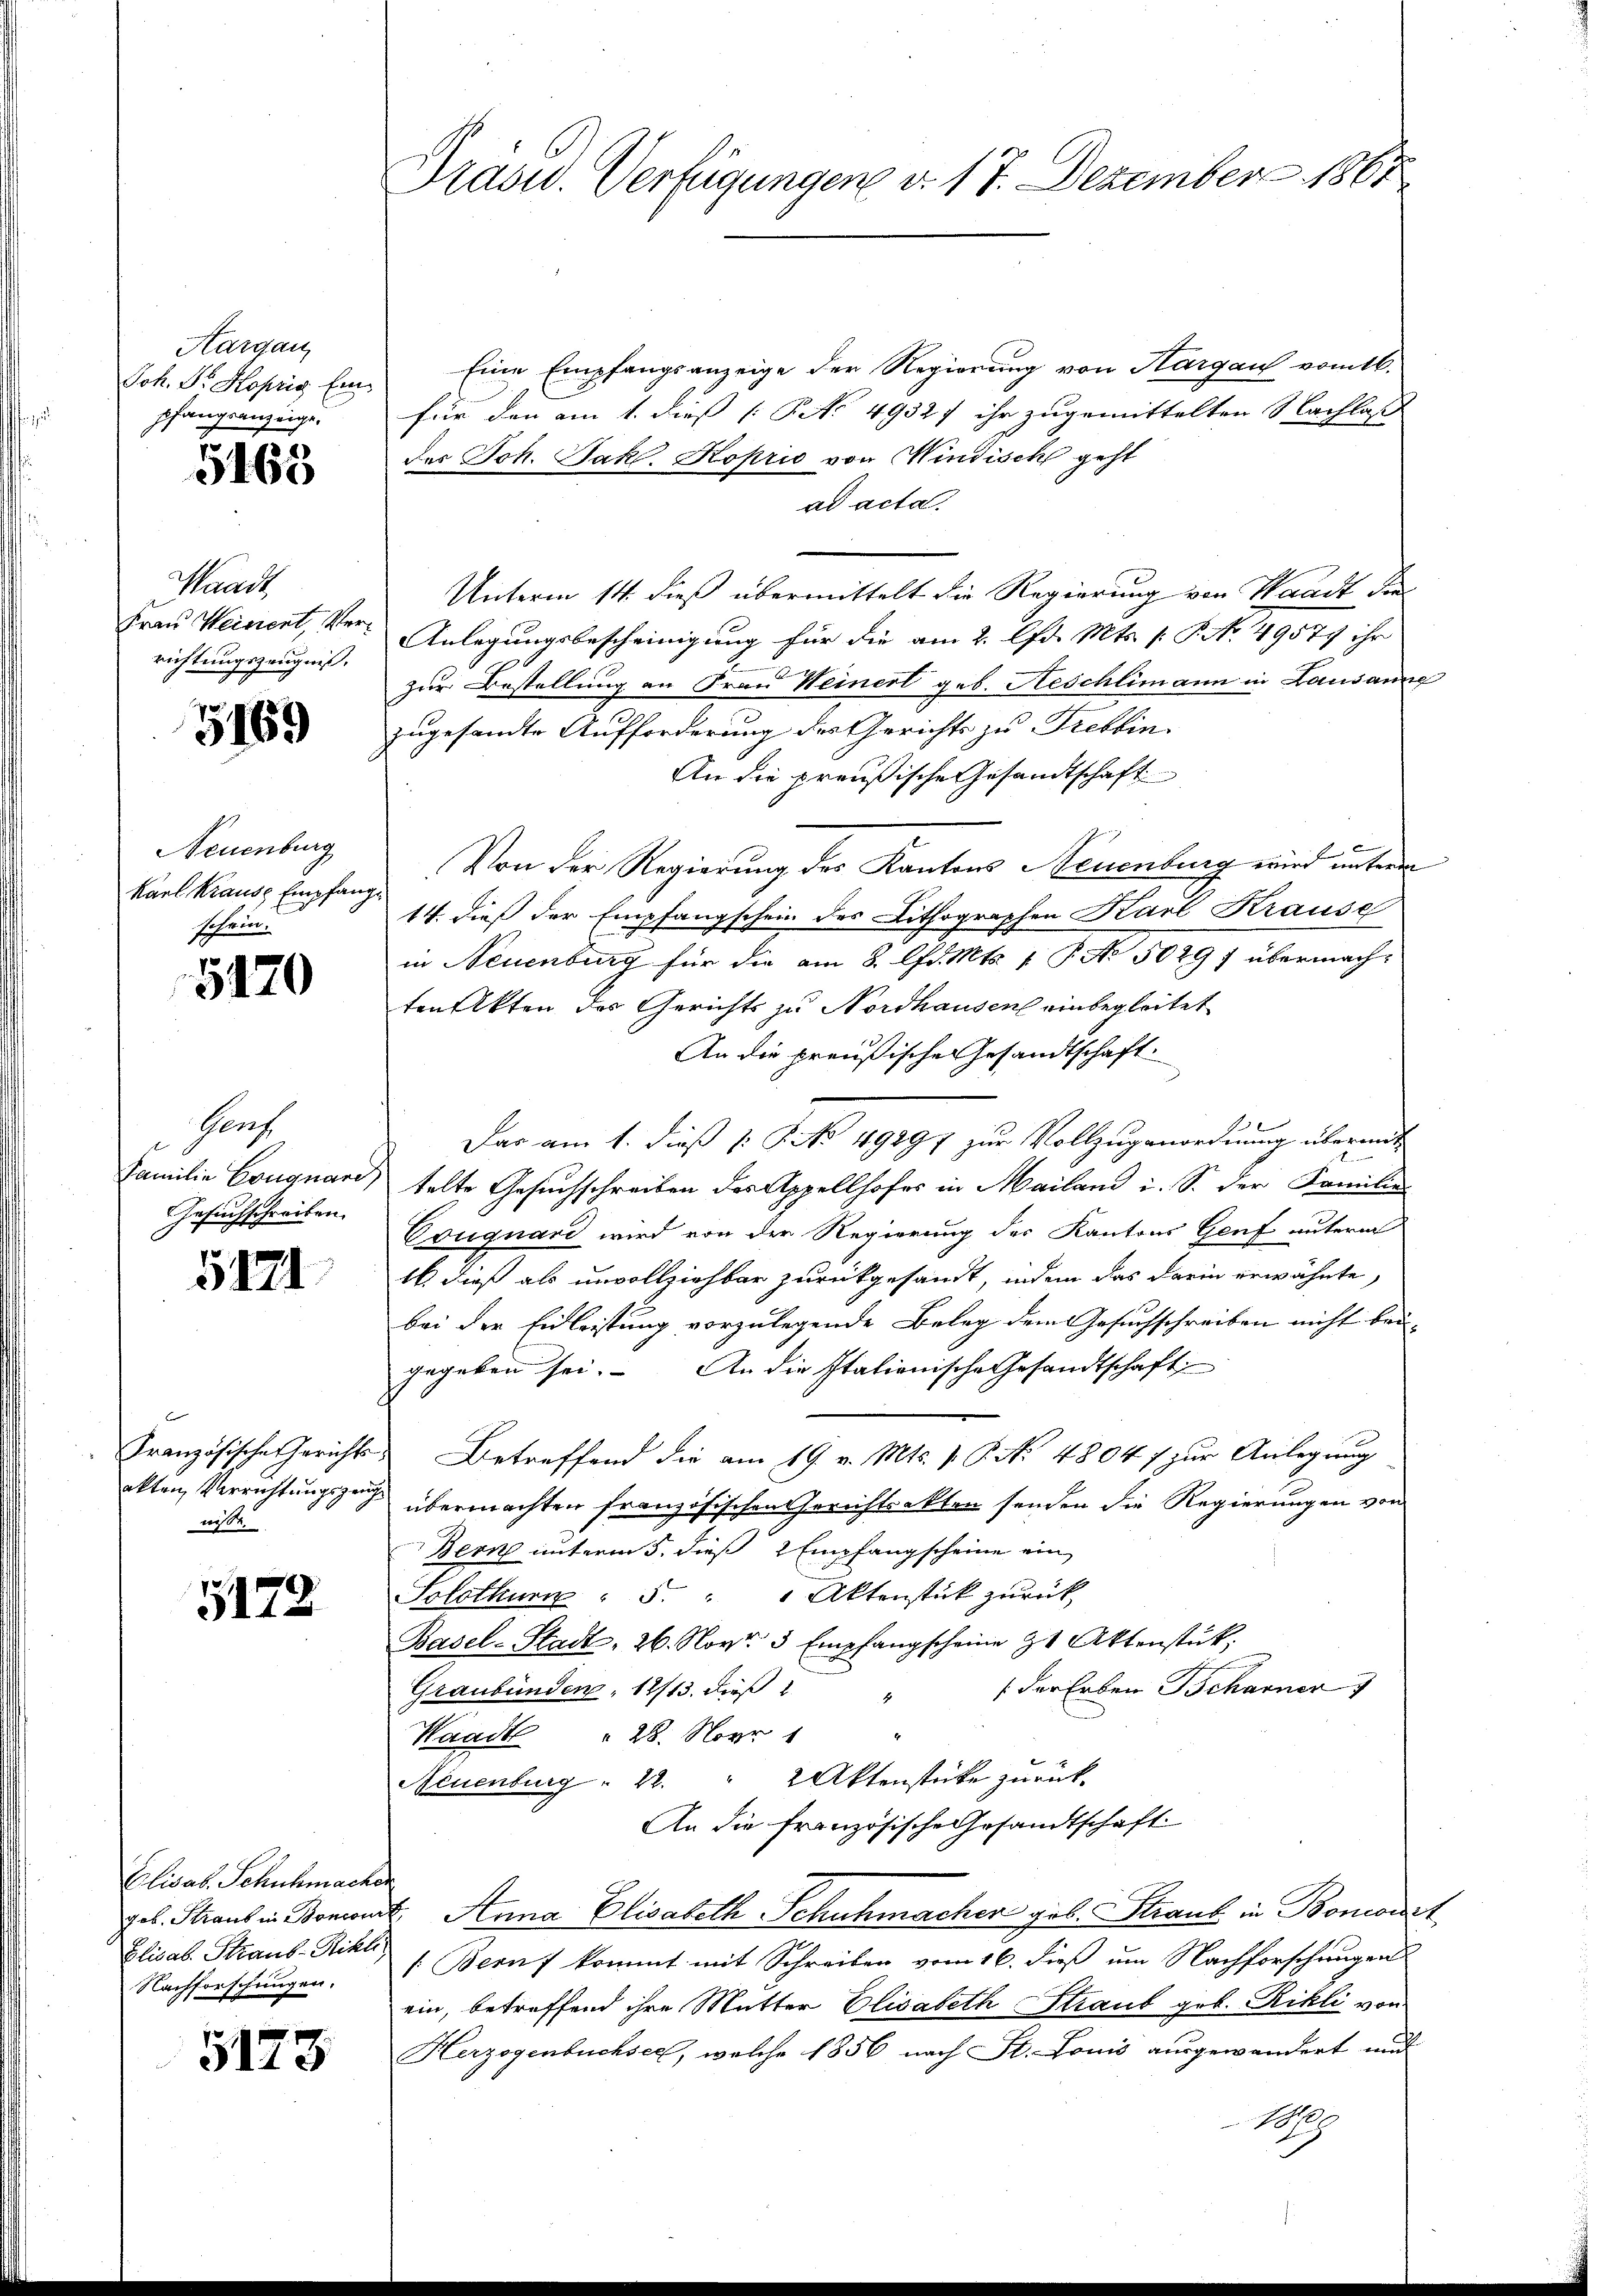
Aargau,
Joh. Dr. Hofrig Ein
pfangsanzeige.

5163

Waadt
Frau Weisent, Verrichtungszeugniß,

G169

Neuenburg
Karl Kraus Empfan
ohren.

5470

Perf
Familie Couquari,
Gesuchschreiben.

5121

Kranzösische Gerichts
akten Verrichtungszeug
nisse.

5172

Eilwas, Schuhmacker
Elisab. Straus-Rihle;
Nachforschungen.

5173

Prasid. Verfügungen d. 17. Dezember 1867

Eine Empfangsanzeige der Regierung von Hargau vom 16.
für den am 1. diess (P No 4932f ihr zugemittelten Nachlas
des Joh. Jak. Koprio von Windisch geht
ad acta.
Unterm 14. dieß übermittelt die Regierung von Waadt die
Anlegungsbescheinigung für die am 2. lfd. Mts. S. No. 49579 ihr
zur Bestellung an Frau Weinert geb. Neschlimann in Lausanne
zugesandte Aufforderung des Gerichts zu Trebbin.
An die preußische Gesandtschaft
Von der Regierung der Kantons Neuenburg wird unterm
14. dieß der Empfangschein des Lithographen Karl Krause
in Neuenburg für die am 8. d. Mts. 1. P. Nr. 5089 f übermachten Akten des Gerichts zu Nordhausen einbegleitet
An die preußische Gesandtschaft.
Das am 1. dieß v. J. No. 49297 zur Vollzuganordnung übermit
a
telte Gesuchschreiben des Appellhofes in Mailand i. S. der Familie
Couguard wird von der Regierung des Kantons Genf unterm
Ob dieß als unvollziehbar zurückgesandt, indem das darin erwähnte,
bei der Eidleistung vorzulegende Beleg dem Gesuchschreiben nicht bei- |
gegeben sei. An die Italionische Gesandtschaft
Betreffend die am 19. v. Mts. v. P. Nr. 48047 zur Anlegung
u übermachten französischen Gerichtsakten senden die Regierungen von
Bern unterm 5. dieß 2 Empfangscheine ein
Solothurn : 5. " 1 Aktenstück zurück
Basel-Stadt, 26. Nov. 3 Empfangscheine zu Aktenstück.
 der Erben Beharner
Graubünden 1813. dieß
Waadt " 28. Nov. 1
2 Aktenstücke zurück¬
Neuenburg  22.
An die französische Gesandtschaft
gel. Strans in Bonant Anna Elisabeth Schuhmacher geb. Staub in Boncourt,
1. Beruf kommt mit Schreiben vom 16. dieß um Nachforschungen
ein, betreffend ihre Mutter Elisabeth Straub geb. Rikli von
Herzogenbuchsee, welche 1856 nach St. Louis ausgewandert und
1880